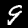
Label: 9